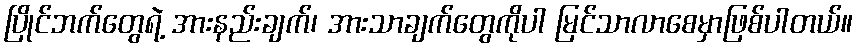
ပြိုင်ဘက်တွေရဲ့ အားနည်းချက်၊ အားသာချက်တွေကိုပါ မြင်သာလာစေမှာဖြစ်ပါတယ်။